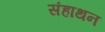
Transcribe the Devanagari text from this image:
संहाथन